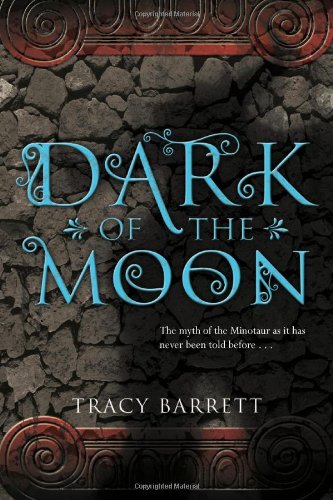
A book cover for Dark of the Moon; Tracy Barrett; Teen & Young Adult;